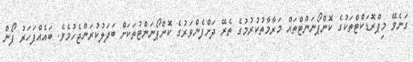
ގަނެވޭ މިޕްރޮޑަކްޓްތަކުގެ ކޮންޕޯނަންޓްތައް މަރާމާތުކުރުމުގެ ތެރޭ ދަށްފެންވަރުގެ ކޮންޕޯނަންޓުތަކަށް ބަދަލުކުރަންޖެހުމެވެ. ބައެއްފަހަރު ފޯން